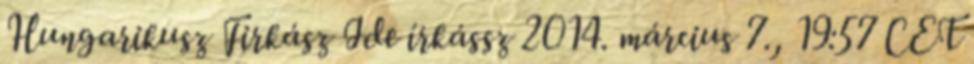
Hungarikusz Firkász Ide írkássz 2014. március 7., 19:57 CET